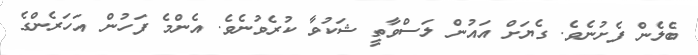
ބެލެން ފެށުނެވެެ. ގެޔަށް އައުން ލަސްވާތީ ޝަކުވާ ކުރެވުނެވެ. އެންމެ ފަހުން އަހަރެންގެ